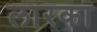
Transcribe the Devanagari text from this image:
लारका